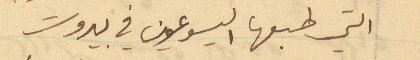
التي طبعها اليسوعيون في بيروت